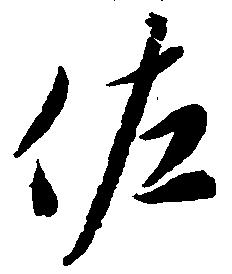
佐